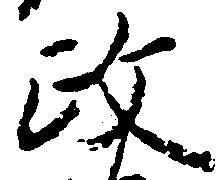
政